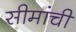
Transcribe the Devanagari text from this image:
सीमांची